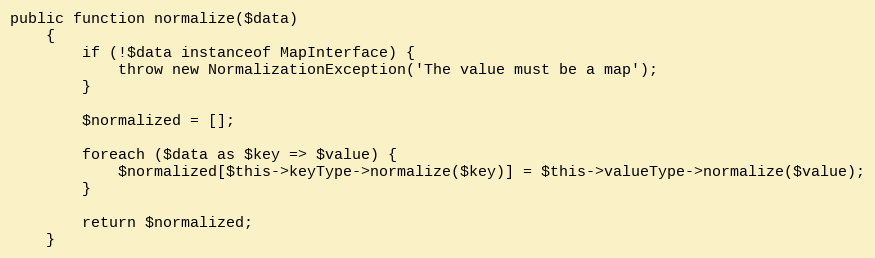
Language: PHP
public function normalize($data)
    {
        if (!$data instanceof MapInterface) {
            throw new NormalizationException('The value must be a map');
        }

        $normalized = [];

        foreach ($data as $key => $value) {
            $normalized[$this->keyType->normalize($key)] = $this->valueType->normalize($value);
        }

        return $normalized;
    }